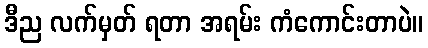
ဒီည လက်မှတ် ရတာ အရမ်း ကံကောင်းတာပဲ။